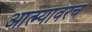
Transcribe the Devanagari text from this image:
आत्म्यावरच